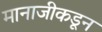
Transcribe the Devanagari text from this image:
मानाजीकडून